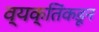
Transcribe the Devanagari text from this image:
व्यक्तिंकडून